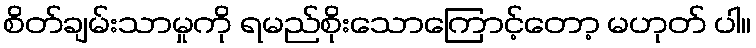
စိတ်ချမ်းသာမှုကို ရမည်စိုးသောကြောင့်တော့ မဟုတ် ပါ။